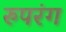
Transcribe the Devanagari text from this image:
रुपरंग